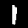
Label: 1